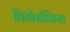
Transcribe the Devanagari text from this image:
थियोसॉफिस्ट